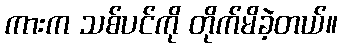
ကားက သစ်ပင်ကို တိုက်မိခဲ့တယ်။